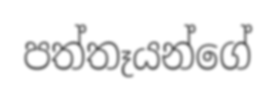
පත්තෑයන්ගේ